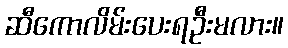
ဆီကောလိမ်းပေးရဦးမလား။